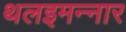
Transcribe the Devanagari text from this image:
थलइमन्‍नार